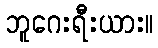
ဘူဂေးရီးယား။